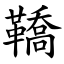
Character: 鞽